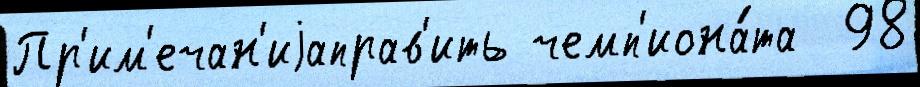
Пр'им'ечан'иjаправ'ить чемп'иона́та  98